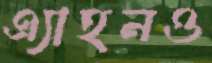
এ্যাহনও